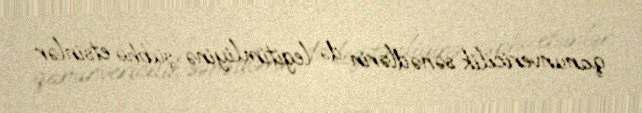
qanunvericilik sənədlərin də legitimliyinə şübhə etsinlər.